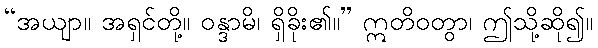
“အယျာ။ အရှင်တို့။ ဝန္ဒာမိ၊ ရှိခိုး၏။” ဣတိဝတွာ၊ ဤသို့ဆို၍။